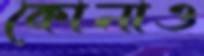
কোনাও